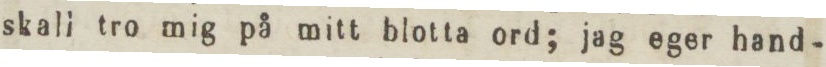
skall tro mig på mitt blotta ord; jag eger hand-